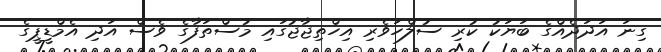
ގިނަ އަދަދެއްގެ ބަޔަކު ކުރި ސުލްހަވެރި އިހްތިޖާޖުގައި މުސްތަފާގެ ވެސް އަދި އެމްޑީޕީގެ